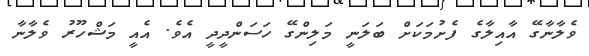
ވެލާނާގޭ އާއިލާގެ ފެށުމަކަށް ބަލަނީ މަލިންގޭ ހަސަންދީދީ އެވެ. އެއީ މަޝްހޫރު ވެލާނާ